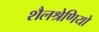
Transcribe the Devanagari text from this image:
शैलश्रेणियों